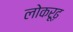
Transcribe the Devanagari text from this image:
लोकरूढ़